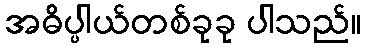
အဓိပ္ပါယ်တစ်ခုခု ပါသည်။